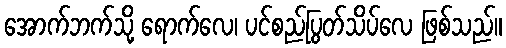
အောက်ဘက်သို့ ရောက်လေ၊ ပင်စည်ပြွတ်သိပ်လေ ဖြစ်သည်။